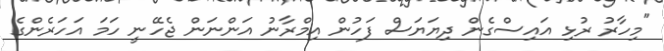
''މިހާރު ރުޅި އައިސްގެން ދިޔަޔަސް ފަހުން އިމްރާނު އަންނަން ޖެހޭނީ ހަމަ އަހަރެންގެ